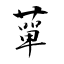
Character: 蕇